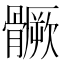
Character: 𩪗